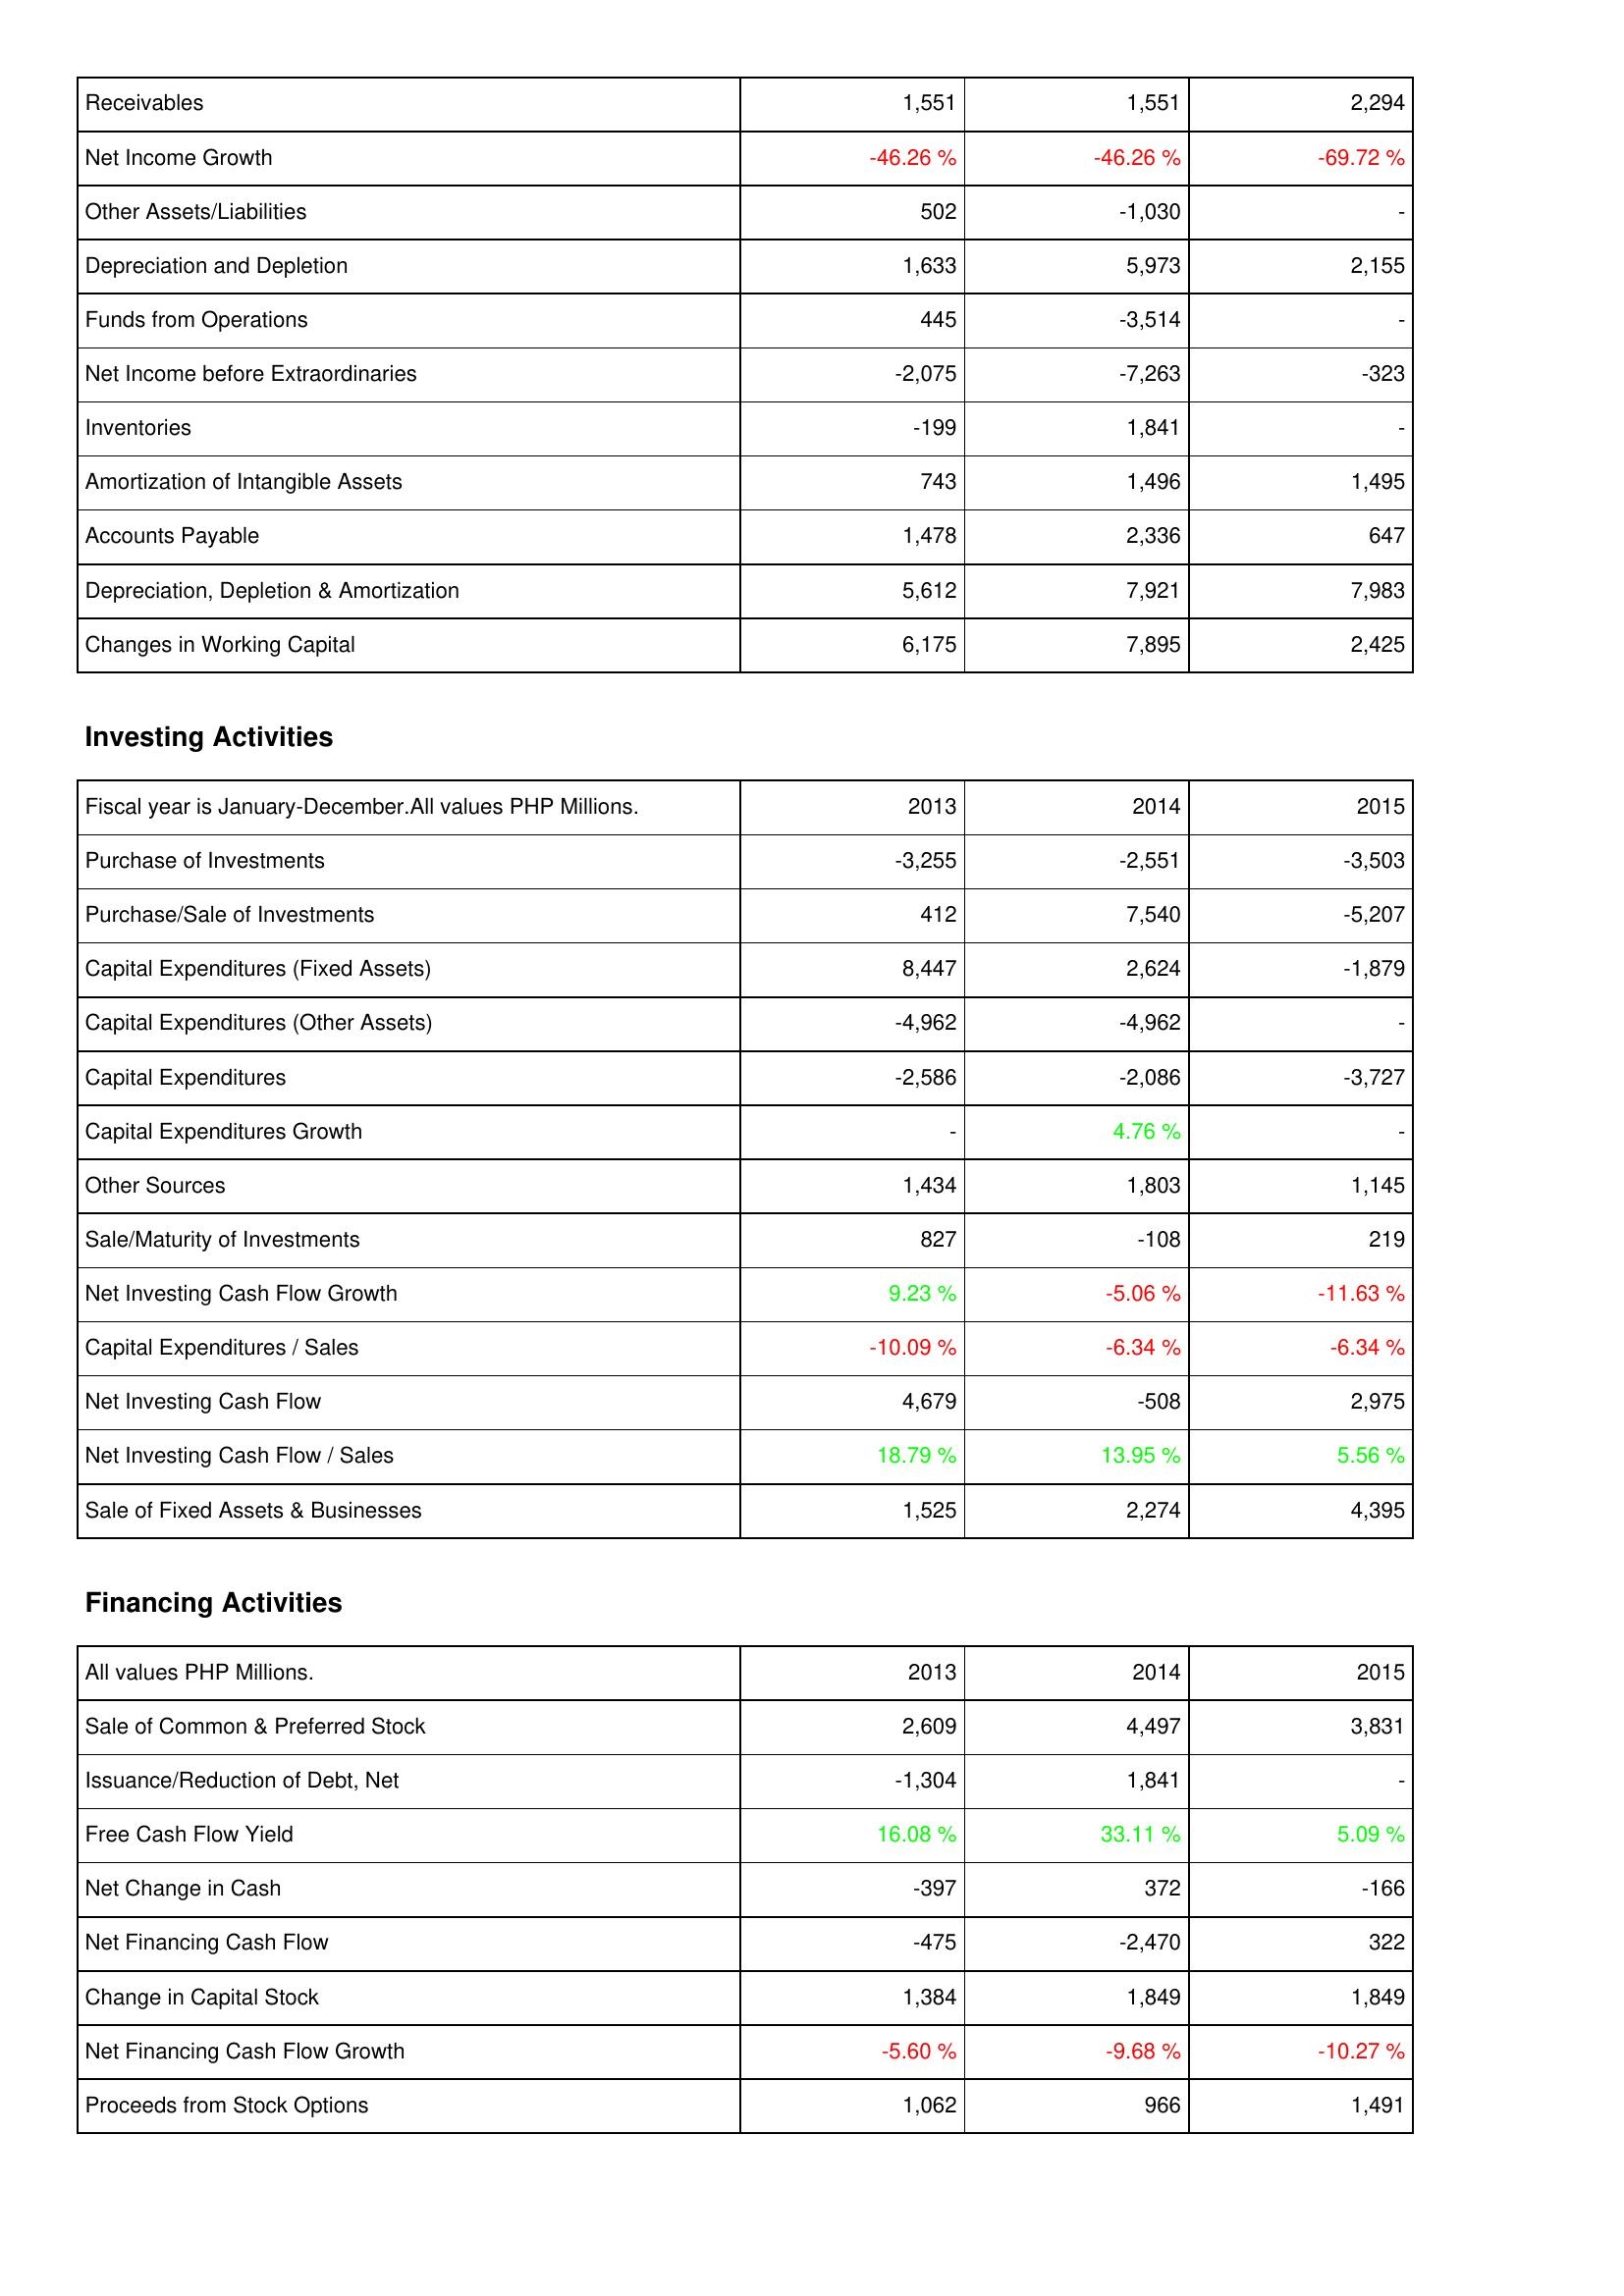
2013: Operating Activities: Receivables: 1,551
Net Income Growth: -46.26 %
Other Assets/Liabilities: 502
Depreciation and Depletion: 1,633
Funds from Operations: 445
Net Income before Extraordinaries: -2,075
Inventories: -199
Amortization of Intangible Assets: 743
Accounts Payable: 1,478
Depreciation, Depletion & Amortization: 5,612
Changes in Working Capital: 6,175
Investing Activities: Purchase of Investments: -3,255
Purchase/Sale of Investments: 412
Capital Expenditures (Fixed Assets): 8,447
Capital Expenditures (Other Assets): -4,962
Capital Expenditures: -2,586
Capital Expenditures Growth: -
Other Sources: 1,434
Sale/Maturity of Investments: 827
Net Investing Cash Flow Growth: 9.23 %
Capital Expenditures / Sales: -10.09 %
Net Investing Cash Flow: 4,679
Net Investing Cash Flow / Sales: 18.79 %
Sale of Fixed Assets & Businesses: 1,525
Financing Activities: Sale of Common & Preferred Stock: 2,609
Issuance/Reduction of Debt, Net: -1,304
Free Cash Flow Yield: 16.08 %
Net Change in Cash: -397
Net Financing Cash Flow: -475
Change in Capital Stock: 1,384
Net Financing Cash Flow Growth: -5.60 %
Proceeds from Stock Options: 1,062
2014: Operating Activities: Receivables: 1,551
Net Income Growth: -46.26 %
Other Assets/Liabilities: -1,030
Depreciation and Depletion: 5,973
Funds from Operations: -3,514
Net Income before Extraordinaries: -7,263
Inventories: 1,841
Amortization of Intangible Assets: 1,496
Accounts Payable: 2,336
Depreciation, Depletion & Amortization: 7,921
Changes in Working Capital: 7,895
Investing Activities: Purchase of Investments: -2,551
Purchase/Sale of Investments: 7,540
Capital Expenditures (Fixed Assets): 2,624
Capital Expenditures (Other Assets): -4,962
Capital Expenditures: -2,086
Capital Expenditures Growth: 4.76 %
Other Sources: 1,803
Sale/Maturity of Investments: -108
Net Investing Cash Flow Growth: -5.06 %
Capital Expenditures / Sales: -6.34 %
Net Investing Cash Flow: -508
Net Investing Cash Flow / Sales: 13.95 %
Sale of Fixed Assets & Businesses: 2,274
Financing Activities: Sale of Common & Preferred Stock: 4,497
Issuance/Reduction of Debt, Net: 1,841
Free Cash Flow Yield: 33.11 %
Net Change in Cash: 372
Net Financing Cash Flow: -2,470
Change in Capital Stock: 1,849
Net Financing Cash Flow Growth: -9.68 %
Proceeds from Stock Options: 966
2015: Operating Activities: Receivables: 2,294
Net Income Growth: -69.72 %
Other Assets/Liabilities: -
Depreciation and Depletion: 2,155
Funds from Operations: -
Net Income before Extraordinaries: -323
Inventories: -
Amortization of Intangible Assets: 1,495
Accounts Payable: 647
Depreciation, Depletion & Amortization: 7,983
Changes in Working Capital: 2,425
Investing Activities: Purchase of Investments: -3,503
Purchase/Sale of Investments: -5,207
Capital Expenditures (Fixed Assets): -1,879
Capital Expenditures (Other Assets): -
Capital Expenditures: -3,727
Capital Expenditures Growth: -
Other Sources: 1,145
Sale/Maturity of Investments: 219
Net Investing Cash Flow Growth: -11.63 %
Capital Expenditures / Sales: -6.34 %
Net Investing Cash Flow: 2,975
Net Investing Cash Flow / Sales: 5.56 %
Sale of Fixed Assets & Businesses: 4,395
Financing Activities: Sale of Common & Preferred Stock: 3,831
Issuance/Reduction of Debt, Net: -
Free Cash Flow Yield: 5.09 %
Net Change in Cash: -166
Net Financing Cash Flow: 322
Change in Capital Stock: 1,849
Net Financing Cash Flow Growth: -10.27 %
Proceeds from Stock Options: 1,491